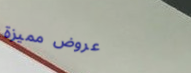
عروض مميزة